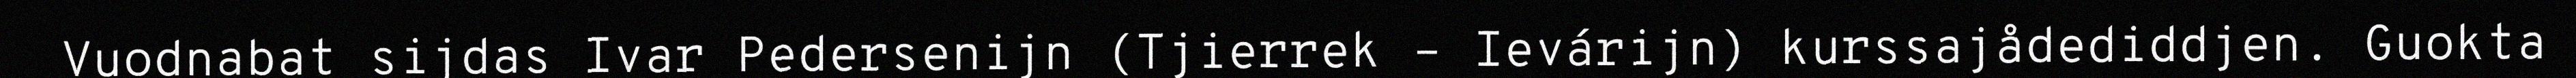
Vuodnabat sijdas Ivar Pedersenijn (Tjierrek – Ievárijn) kurssajådediddjen. Guokta